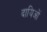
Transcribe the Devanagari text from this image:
दायिओं